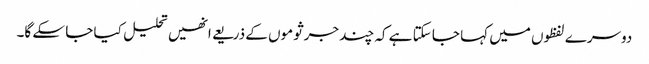
دوسرے لفظوں میں کہا جا سکتا ہے کہ چند جرثوموں کے ذریعے انھیں تحلیل کیا جا سکے گا۔